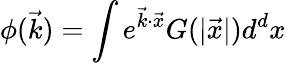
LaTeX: \phi(\vec{k})=\int e^{\vec{k}\cdot\vec{x}}G(|\vec{x}|)d^{d}x